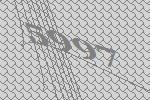
5997